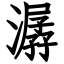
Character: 潺